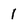
Character: 1